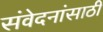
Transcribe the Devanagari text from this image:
संवेदनांसाठी